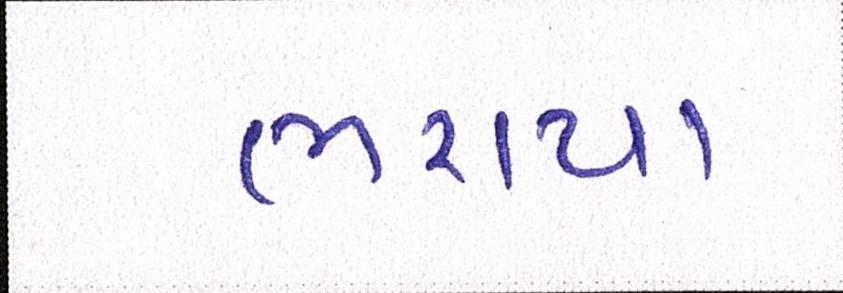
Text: ભરાયા